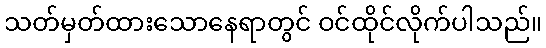
သတ်မှတ်ထားသောနေရာတွင် ဝင်ထိုင်လိုက်ပါသည်။